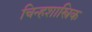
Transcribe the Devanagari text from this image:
चिन्हशास्त्रिक